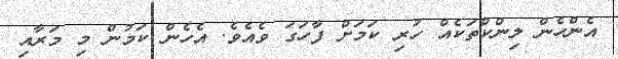
އެންހެން ލިންކްތަކެއް ހުރި ކަމަށް ފާހަގަ ވެއެވެ. އެހެން ކަމުން މި މަރާއި